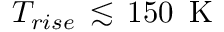
T _ { r i s e } \, \lesssim \, 1 5 0 \, \mathrm { ~ K ~ }